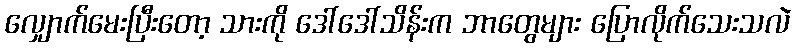
လျှောက်မေးပြီးတော့ သားကို ဒေါ်ဒေါ်သိန်းက ဘာတွေများ ပြောလိုက်သေးသလဲ